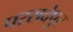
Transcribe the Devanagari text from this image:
परसदेपुर